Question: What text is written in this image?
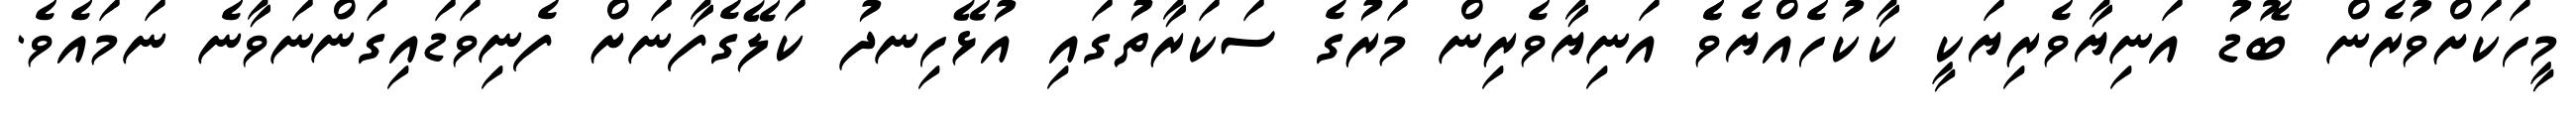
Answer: މީހަކަށްވުރެން ބޮޑު އަނިޔާވެރިޔަކީ ކާކުހެއްޔެވެެ އަނިޔާވެރިން މަރުގެ ސަކަރާތުގައި އުޅޭހިނދު ކަލޭގެފާނަށް ފެނިވަޑައިގަންނަވާނެ ނަމައެވެ.